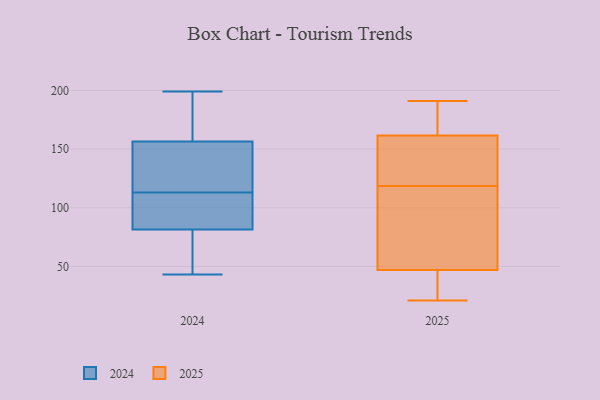
{"axis": {"x": "Net Income (USD K)", "y": "Value"}, "legend": ["2024", "2025"], "data": [{"x": "", "y": 145, "type": "2025"}, {"x": "", "y": 94, "type": "2025"}, {"x": "", "y": 191, "type": "2025"}, {"x": "", "y": 126, "type": "2025"}, {"x": "", "y": 31, "type": "2025"}, {"x": "", "y": 111, "type": "2025"}, {"x": "", "y": 63, "type": "2025"}, {"x": "", "y": 21, "type": "2025"}, {"x": "", "y": 26, "type": "2025"}, {"x": "", "y": 168, "type": "2025"}, {"x": "", "y": 189, "type": "2025"}, {"x": "", "y": 155, "type": "2025"}, {"x": "", "y": 199, "type": "2024"}, {"x": "", "y": 66, "type": "2024"}, {"x": "", "y": 62, "type": "2024"}, {"x": "", "y": 88, "type": "2024"}, {"x": "", "y": 100, "type": "2024"}, {"x": "", "y": 134, "type": "2024"}, {"x": "", "y": 86, "type": "2024"}, {"x": "", "y": 78, "type": "2024"}, {"x": "", "y": 180, "type": "2024"}, {"x": "", "y": 43, "type": "2024"}, {"x": "", "y": 126, "type": "2024"}, {"x": "", "y": 157, "type": "2024"}, {"x": "", "y": 126, "type": "2024"}, {"x": "", "y": 180, "type": "2024"}, {"x": "", "y": 85, "type": "2024"}, {"x": "", "y": 156, "type": "2024"}]}